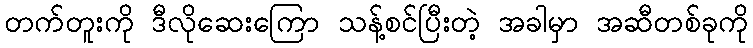
တက်တူးကို ဒီလိုဆေးကြော သန့်စင်ပြီးတဲ့ အခါမှာ အဆီတစ်ခုကို